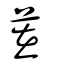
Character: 茬